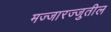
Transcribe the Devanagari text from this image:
मज्जारज्जुतील